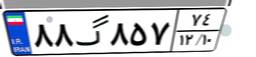
۸۸گ۸۵۷۷۴